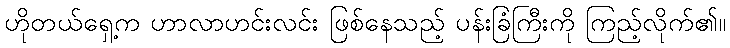
ဟိုတယ်ရှေ့က ဟာလာဟင်းလင်း ဖြစ်နေသည့် ပန်းခြံကြီးကို ကြည့်လိုက်၏။